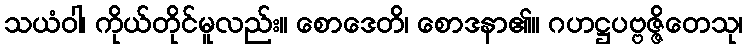
သယံဝါ၊ ကိုယ်တိုင်မူလည်း။ စောဒေတိ၊ စောဒနာ၏။ ဂဟဋ္ဌပဗ္ဗဇ္ဇိတေသု၊